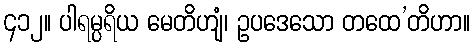
၄၁၂။ ပါရမ္ပရိယ မေတိဟျံ၊ ဥပဒေသော တထေ’တိဟာ။